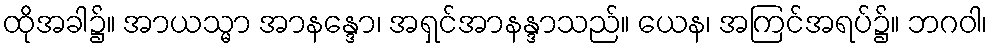
ထိုအခါ၌။ အာယသ္မာ အာနန္ဒော၊ အရှင်အာနန္ဒာသည်။ ယေန၊ အကြင်အရပ်၌။ ဘဂဝါ၊